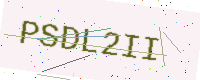
Text: PSDL2II